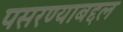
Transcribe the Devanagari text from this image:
पसरण्याबद्दल